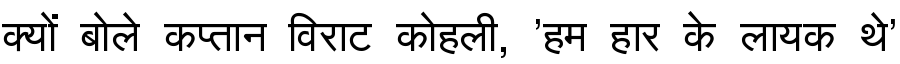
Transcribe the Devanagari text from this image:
क्यों बोले कप्तान विराट कोहली, 'हम हार के लायक थे'